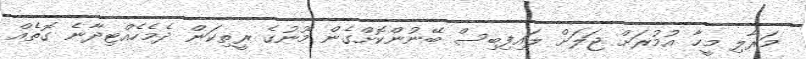
މަރާލި މީހާ އުމުރަށް ޖަލަށް ލައިފިބިސް ބޭނުންކޮށްގެން މޫނުގެ ރީތިކަން ދެމެހެއްޓިދާނެ ގޮތެއް